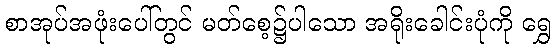
စာအုပ်အဖုံးပေါ်တွင် မတ်စေ့၌ပါသော အရိုးခေါင်းပုံကို ရွှေ